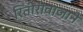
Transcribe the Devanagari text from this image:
रितीरीवाजाने